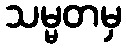
သမ္မတမှ